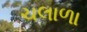
ચલાળા